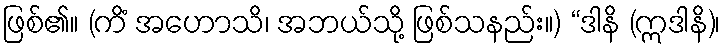
ဖြစ်၏။ (ကိံ အဟောသိ၊ အဘယ်သို့ ဖြစ်သနည်း။) “ဒါနိ (ဣဒါနိ)၊